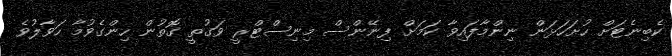
ކެބިނެޓަށް ހުށަހަޅަން ނިންމާފައިވާ ކަމަށް ފިނޭންސް މިނިސްޓްރީ ވަގުތީ ގޮތުން ހިންގެވުމާ ހަވާލުވެ